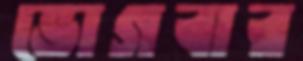
ভোগবার